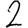
Digit: 2